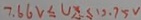
7 . 6 6 V \leq U x \leq 1 2 . 7 5 V